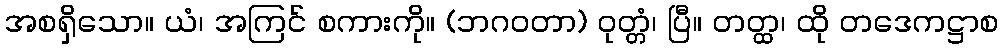
အစရှိသော။ ယံ၊ အကြင် စကားကို။ (ဘဂဝတာ) ဝုတ္တံ၊ ပြီ။ တတ္ထ၊ ထို တဒေကဋ္ဌာစ